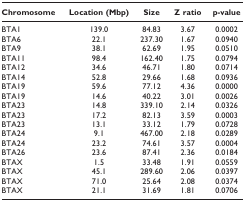
<table><thead><tr><td><b>Chromosome</b></td><td><b>Location (Mbp)</b></td><td><b>Size</b></td><td><b>Z ratio</b></td><td><b>p-value</b></td></tr></thead><tbody><tr><td>BTA1</td><td>139.0</td><td>84.83</td><td>3.67</td><td>0.0002</td></tr><tr><td>BTA6</td><td>22.1</td><td>237.30</td><td>1.67</td><td>0.0940</td></tr><tr><td>BTA9</td><td>38.1</td><td>62.69</td><td>1.95</td><td>0.0510</td></tr><tr><td>BTA11</td><td>98.4</td><td>162.40</td><td>1.75</td><td>0.0794</td></tr><tr><td>BTA12</td><td>34.6</td><td>46.71</td><td>1.80</td><td>0.0714</td></tr><tr><td>BTA14</td><td>52.8</td><td>29.66</td><td>1.68</td><td>0.0936</td></tr><tr><td>BTA19</td><td>59.6</td><td>77.12</td><td>4.36</td><td>0.0000</td></tr><tr><td>BTA19</td><td>14.6</td><td>40.22</td><td>3.01</td><td>0.0026</td></tr><tr><td>BTA23</td><td>14.8</td><td>339.10</td><td>2.14</td><td>0.0326</td></tr><tr><td>BTA23</td><td>17.2</td><td>82.13</td><td>3.59</td><td>0.0003</td></tr><tr><td>BTA23</td><td>13.1</td><td>33.12</td><td>1.79</td><td>0.0728</td></tr><tr><td>BTA24</td><td>9.1</td><td>467.00</td><td>2.18</td><td>0.0289</td></tr><tr><td>BTA24</td><td>23.2</td><td>74.61</td><td>3.57</td><td>0.0004</td></tr><tr><td>BTA26</td><td>23.6</td><td>87.41</td><td>2.36</td><td>0.0184</td></tr><tr><td>BTAX</td><td>1.5</td><td>33.48</td><td>1.91</td><td>0.0559</td></tr><tr><td>BTAX</td><td>45.1</td><td>289.60</td><td>2.06</td><td>0.0397</td></tr><tr><td>BTAX</td><td>71.0</td><td>25.64</td><td>2.08</td><td>0.0374</td></tr><tr><td>BTAX</td><td>21.1</td><td>31.69</td><td>1.81</td><td>0.0706</td></tr></tbody></table>